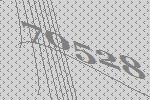
70528